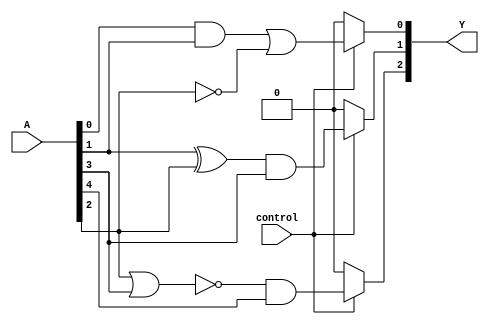
module combinational_logic_block (
    input  wire [n:0] A,  // Input vector
    input  wire control,    // Control signal for active groups
    output wire [m:0] Y    // Output vector
);

// Parameter Definitions
parameter n = 7; // Number of input signals (0 to n)
parameter m = 3; // Number of output signals (0 to m)
parameter M = 3; // Number of overlapping groups

// Intermediate signals for group outputs
wire [m:0] group_output[M-1:0];

// Group 0: Operates on A[0], A[1], A[2]
assign group_output[0] = (A[0] & A[1]) | (~A[2]); // Example operation

// Group 1: Operates on A[1], A[2], A[3]
assign group_output[1] = (A[1] ^ A[2]) & A[3]; // Example operation

// Group 2: Operates on A[2], A[3], A[4]
assign group_output[2] = ~(A[2] | A[3]) & A[4]; // Example operation

// Final Output Logic
assign Y[0] = control ? group_output[0] : 1'b0; // Control logic for output
assign Y[1] = control ? group_output[1] : 1'b0; // Control logic for output
assign Y[2] = control ? group_output[2] : 1'b0; // Control logic for output

endmodule